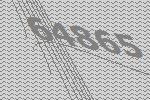
64865